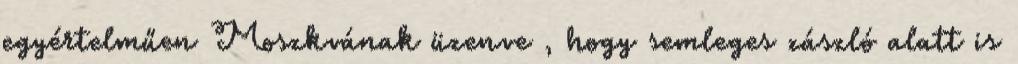
egyértelműen Moszkvának üzenve , hogy semleges zászló alatt is